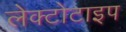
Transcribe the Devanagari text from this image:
लेक्टोटाइप